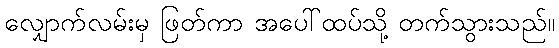
လျှောက်လမ်းမှ ဖြတ်ကာ အပေါ်ထပ်သို့ တက်သွားသည်။